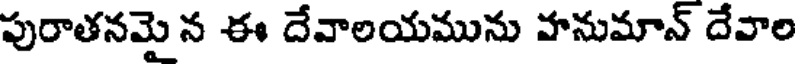
పురాతనమై న ఈ దేవాలయమును హనుమాన్ దేవాల